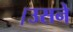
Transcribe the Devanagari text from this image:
।उसने